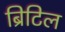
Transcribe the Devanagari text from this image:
ब्रिटिल